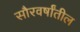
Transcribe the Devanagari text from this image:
सौरवर्षांतील